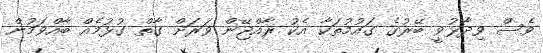
ވެސް ވިދާޅުވީ ބޭރުގެ ގައުމުތަކާ އެކު ރާއްޖޭން ވަރަށް ގާތް ގުޅުމެއް ބާއްވަމުން